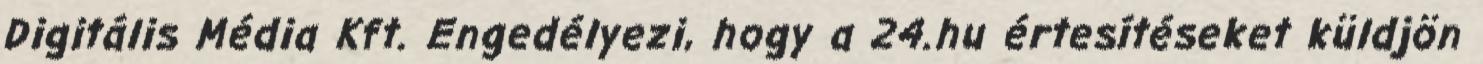
Digitális Média Kft. Engedélyezi, hogy a 24.hu értesítéseket küldjön